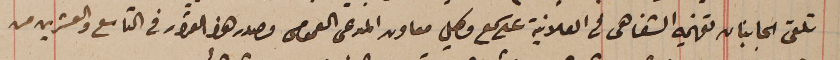
تلقى الجانبان تفهيمه الشفاهى فى العلانية على سمع وكيل معاون المدعى العمومى مصدر هذا القرار فى التاسع والعشرين من